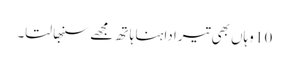
10 وہاں بھی تیرا داہنا ہا تھ مجھے سنبھا لتا۔